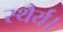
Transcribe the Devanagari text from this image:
स्थैर्य।